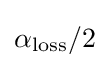
\alpha _{\rm {loss}}/2